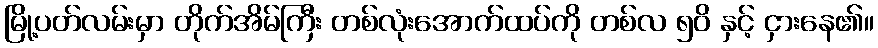
မြို့ပတ်လမ်းမှာ တိုက်အိမ်ကြီး တစ်လုံးအောက်ထပ်ကို တစ်လ ၅၀ိ နှင့် ငှားနေ၏။